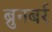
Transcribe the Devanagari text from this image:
ब्रुनबर्र